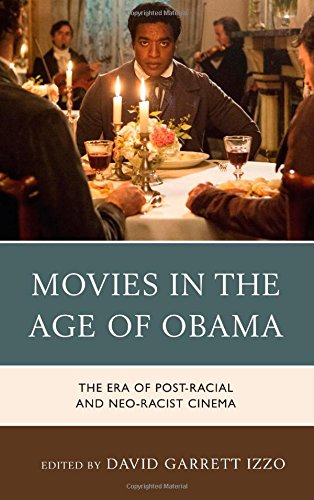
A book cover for Movies in the Age of Obama: The Era of Post-Racial and Neo-Racist Cinema; Humor & Entertainment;